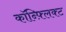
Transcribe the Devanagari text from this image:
कॉन्फ़्लिक्ट